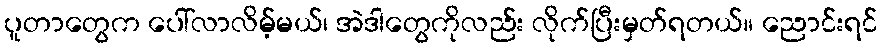
ပူတာတွေက ပေါ်လာလိမ့်မယ်၊ အဲဒါတွေကိုလည်း လိုက်ပြီးမှတ်ရတယ်။ ညောင်းရင်